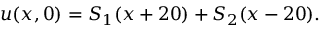
u ( x , 0 ) = S _ { 1 } ( x + 2 0 ) + S _ { 2 } ( x - 2 0 ) .